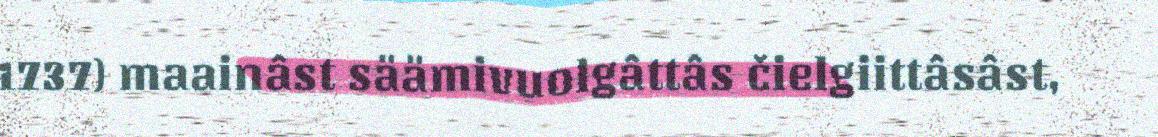
1737) maainâst säämivuolgâttâs čielgiittâsâst,